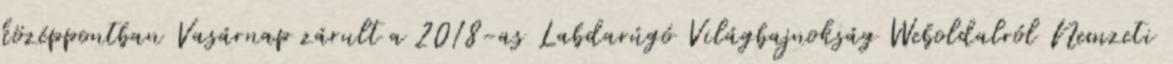
középpontban Vasárnap zárult a 2018-as Labdarúgó Világbajnokság Weboldalról Nemzeti